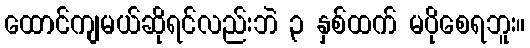
ထောင်ကျမယ်ဆိုရင်လည်းဘဲ ၃ နှစ်ထက် မပိုစေရဘူး။